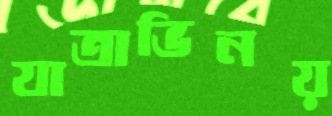
যাত্রাভিনয়